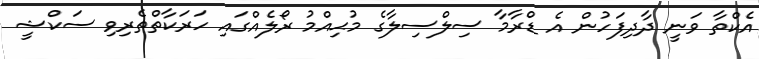
އެކްތާ ވަނީ ދާދިފަހުން އެ ޑްރާމާ ސިލްސިލާގެ މުޙިއްމު ރޯލެއްގައި ހަރަކާތްތެރިވި ސަކްޝީ